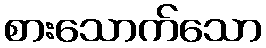
စားသောက်သော